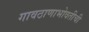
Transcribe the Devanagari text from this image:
गावठाणाभोवतीची